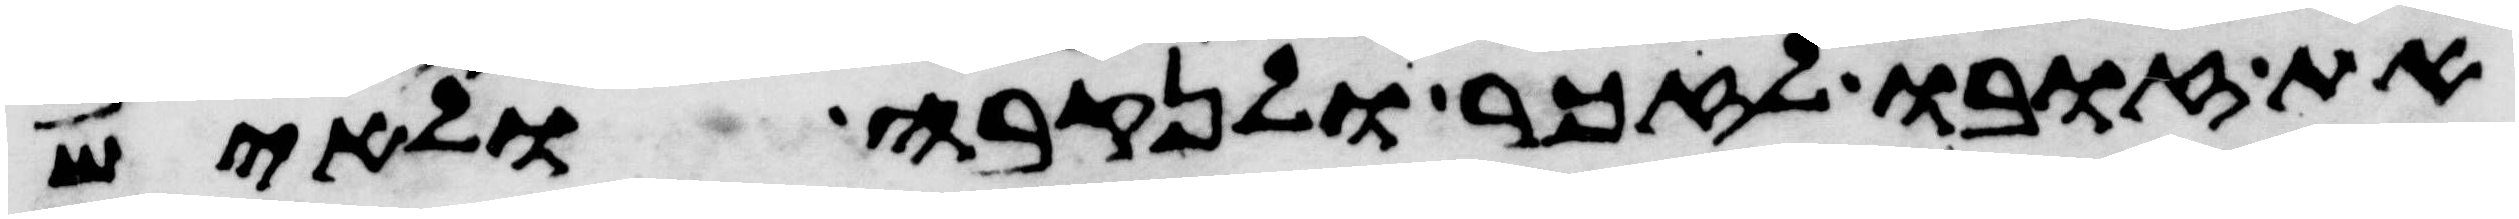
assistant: את זובו לזכר ולנקבה ולאיש